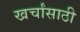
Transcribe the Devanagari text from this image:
खर्चांसाठी